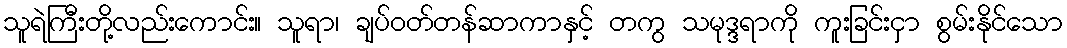
သူရဲကြီးတို့လည်းကောင်း။ သူရာ၊ ချပ်ဝတ်တန်ဆာကာနှင့် တကွ သမုဒ္ဒရာကို ကူးခြင်းငှာ စွမ်းနိုင်သော